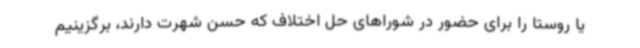
یا روستا را برای حضور در شوراهای حل اختلاف که حسن شهرت دارند، برگزینیم